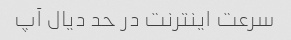
سرعت اینترنت در حد دیال آپ